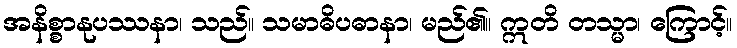
အနိစ္စာနုပဿနာ၊ သည်။ သမာဓိပဓာနာ၊ မည်၏။ ဣတိ တသ္မာ၊ ကြောင့်။